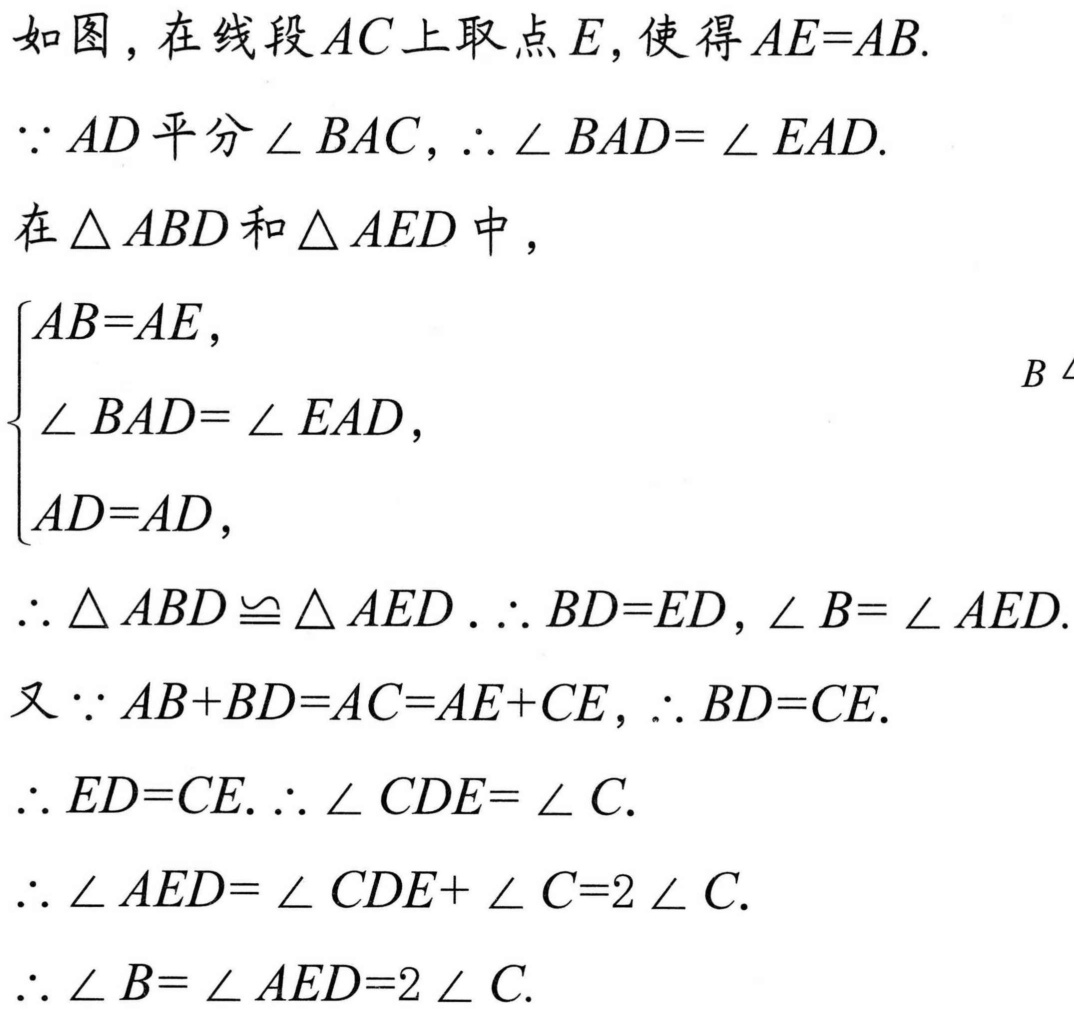
如图，在线段$AC$上取点$E$，使得$AE = AB$.
$\because AD$平分$\angle BAC$，$\therefore\angle BAD=\angle EAD$.
在$\triangle ABD$和$\triangle AED$中，
$\begin{cases}
AB = AE,\\
\angle BAD=\angle EAD,\\
AD = AD,
\end{cases}$
$\therefore\triangle ABD\cong\triangle AED$.$\therefore BD = ED,\angle B=\angle AED$.
又$\because AB + BD=AC = AE + CE$，$\therefore BD = CE$.
$\therefore ED = CE$.$\therefore\angle CDE=\angle C$.
$\therefore\angle AED=\angle CDE+\angle C = 2\angle C$.
$\therefore\angle B=\angle AED = 2\angle C$.